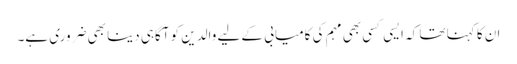
ان کا کہنا تھا کہ ایسی کسی بھی مہم کی کامیابی کے لیے والدین کو آگاہی دینا بھی ضروری ہے۔